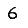
Digit: 6